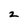
Character: 2